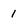
Character: 1